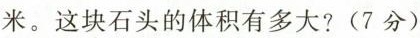
米。这块石头的体积有多大?(7分)